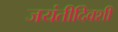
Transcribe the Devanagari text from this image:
जयंतीदिवशी